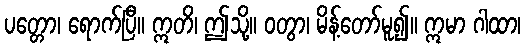
ပတ္တော၊ ရောက်ပြီ။ ဣတိ၊ ဤသို့။ ဝတွာ၊ မိန့်တော်မူ၍။ ဣမာ ဂါထာ၊